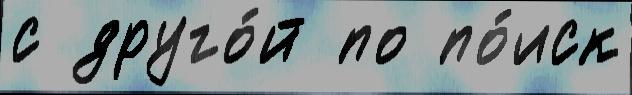
с друго́й по по́иск